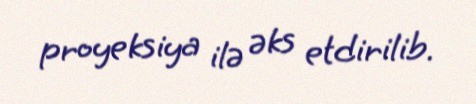
proyeksiya ilə əks etdirilib.